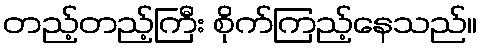
တည့်တည့်ကြီး စိုက်ကြည့်နေသည်။